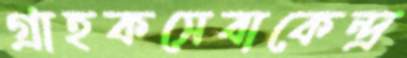
গ্রাহকসেবাকেন্দ্র